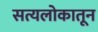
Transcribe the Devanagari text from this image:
सत्यलोकातून